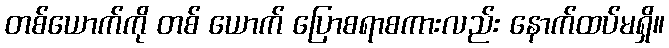
တစ်ယောက်ကို တစ် ယောက် ပြောစရာစကားလည်း နောက်ထပ်မရှိ။